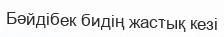
Бәйдібек бидің жастық кезі